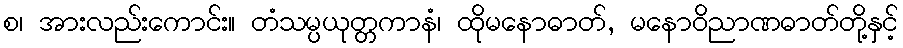
စ၊ အားလည်းကောင်း။ တံသမ္ပယုတ္တကာနံ၊ ထိုမနောဓာတ်, မနောဝိညာဏဓာတ်တို့နှင့်